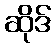
ဆိုဒ်